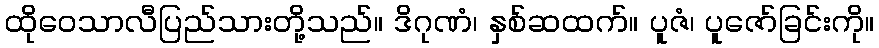
ထိုဝေသာလီပြည်သားတို့သည်။ ဒိဂုဏံ၊ နှစ်ဆထက်။ ပူဇံ၊ ပူဇော်ခြင်းကို။